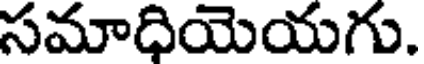
సమాధియెయగు.